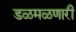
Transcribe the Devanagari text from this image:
डळमळणारी